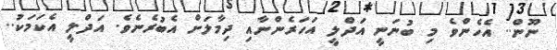
ނޫން.. އެހެންވެ މި ބުނަނީ އަދްލީ އަހަރެންނާއި ދިމާލަށް އެބުރެނެވެ. އަދްލީ އެކަމަކު..